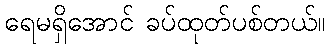
ရေမရှိအောင် ခပ်ထုတ်ပစ်တယ်။